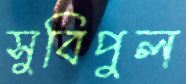
সুবিপুল